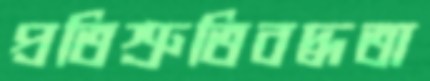
প্রতিশ্রুতিবদ্ধতা